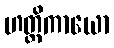
ဟတ္ထိကာယော